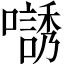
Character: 𡁹